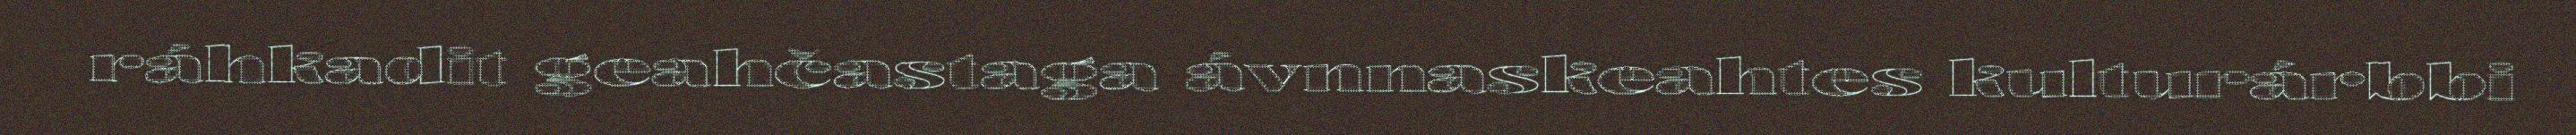
ráhkadit geahčastaga ávnnaskeahtes kulturárbbi